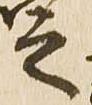
之